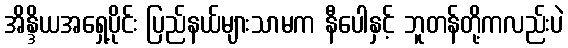
အိန္ဒိယအရှေ့ပိုင်း ပြည်နယ်များသာမက နီပေါနှင့် ဘူတန်တို့ကလည်းပဲ